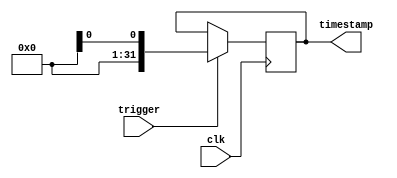
module time_stamping_timer (
    input wire clk,
    input wire trigger,
    output reg [31:0] timestamp
);

reg [31:0] system_time;

always @(posedge clk) begin
    if (trigger == 1'b1) begin
        system_time <= $time; // Capture current system time
    end
end

always @* begin
    timestamp = system_time; // Store system time in register for retrieval
end

endmodule